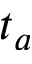
t _ { a }